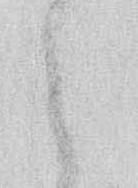
之